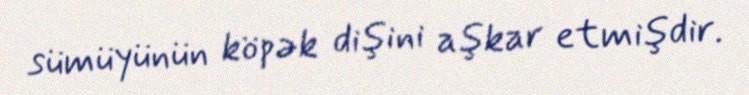
sümüyünün köpək dişini aşkar etmişdir.